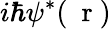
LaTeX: i\hbar\psi^{*}(\mathrm{~\mathbf~r~})